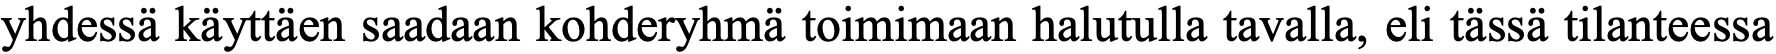
yhdessä käyttäen saadaan kohderyhmä toimimaan halutulla tavalla, eli tässä tilanteessa